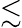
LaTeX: \lesssim